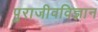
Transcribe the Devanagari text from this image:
पुराजीवविज्ञान